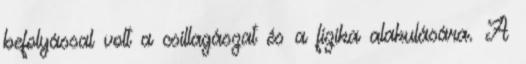
befolyással volt a csillagászat és a fizika alakulására. A